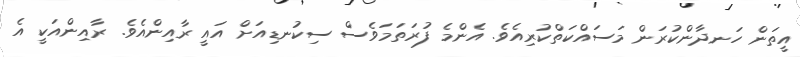
އީތަން ހަނދާންކުރަން މަސައްކަތްކުރިއެވެ. އެންމެ ފުރަތަމަވެސް ސިކުނޑިއަށް އައީ ރާއިންއެވެ. ރާއިިންއަކީ އެ